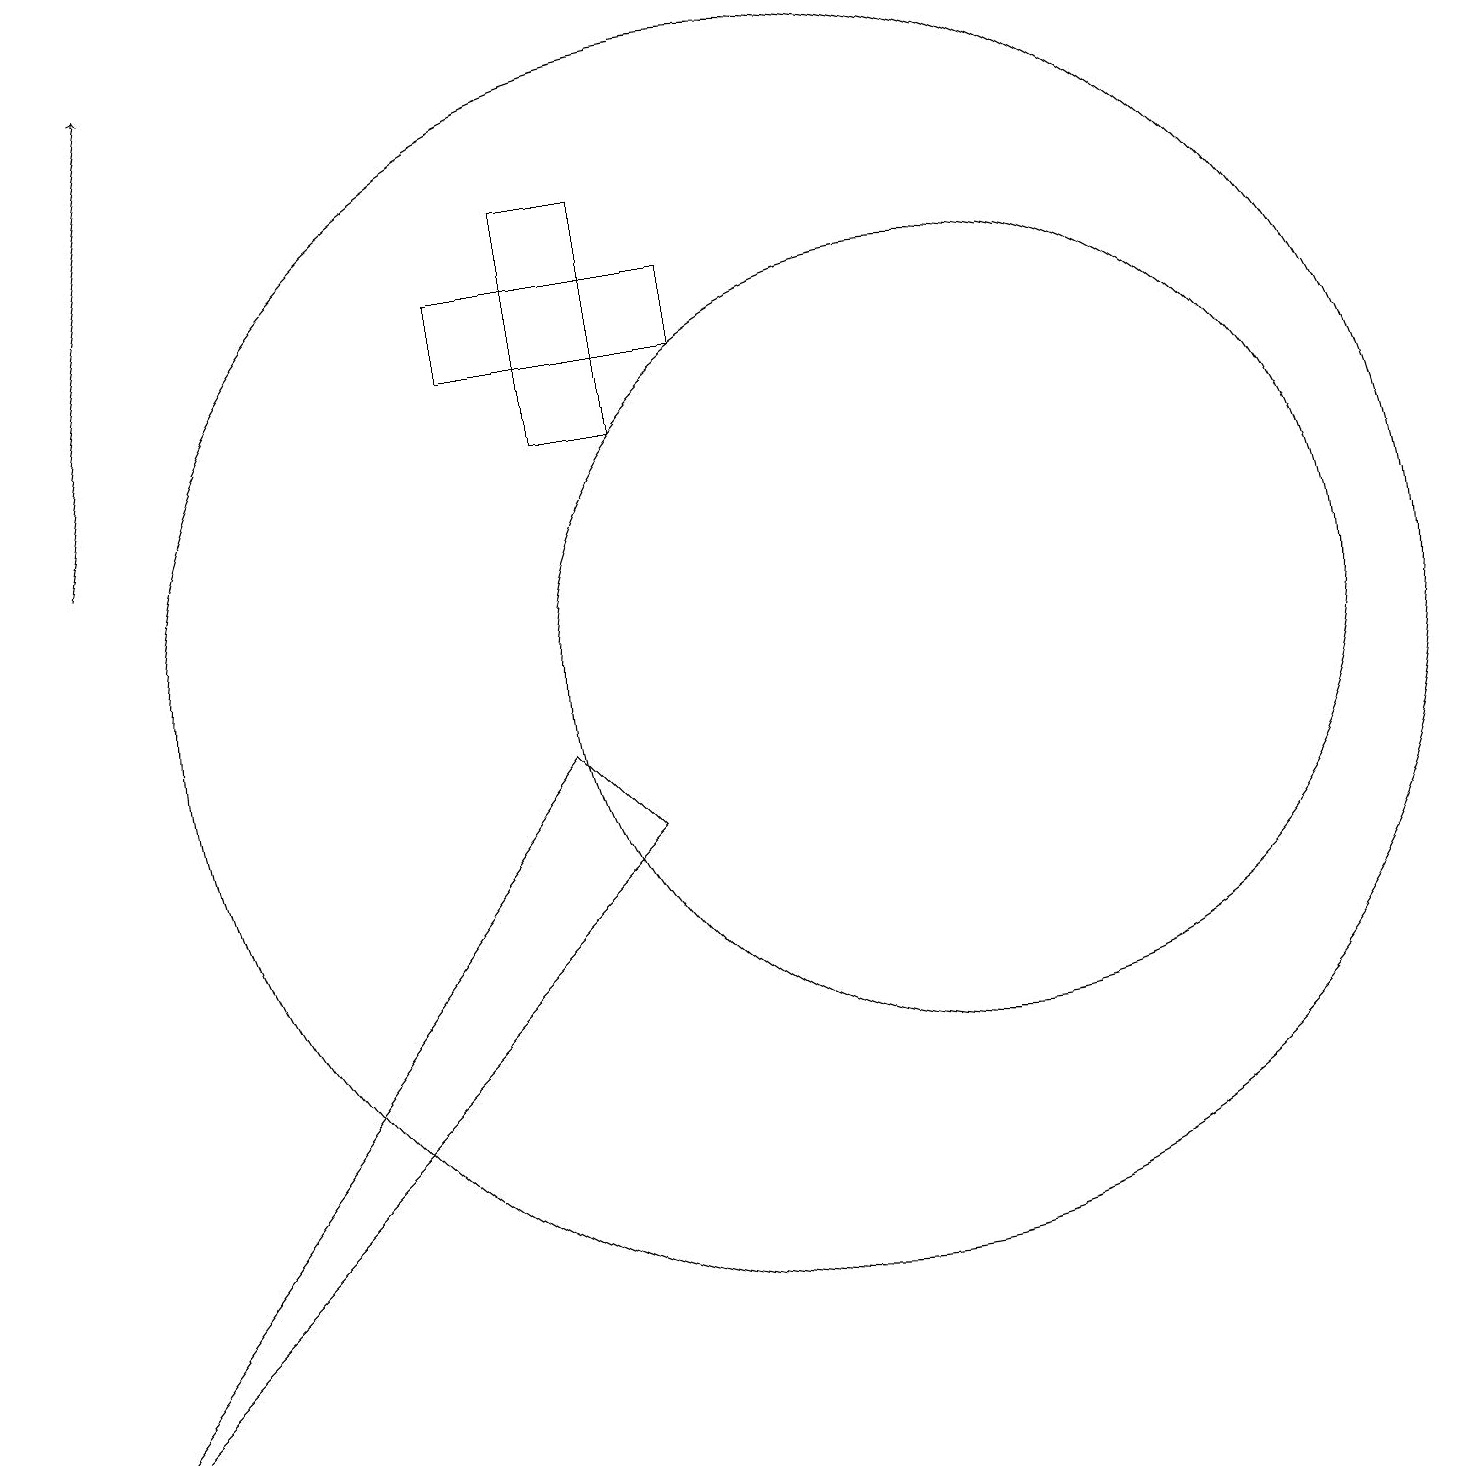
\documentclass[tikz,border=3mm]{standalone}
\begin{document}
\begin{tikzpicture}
\draw (9,15) rectangle (6,14);
\draw (10,10) circle (8);
\draw[->] (1,12) -- (2,18);
\draw (12,10) circle (5);
\draw (7,9) -- (0,0) -- (8,8) -- cycle;
\draw (7,13) rectangle (8,16);
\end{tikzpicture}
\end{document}